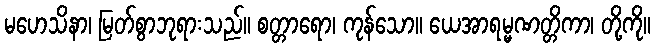
မဟေသိနာ၊ မြတ်စွာဘုရားသည်။ စတ္တာရော၊ ကုန်သော။ ယေအာရမ္မဏတ္တိကာ၊ တို့ကို။